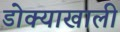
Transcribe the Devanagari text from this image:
डोक्याखाली